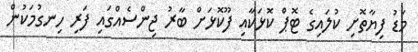
މަޑު ފިޔާތޮށި ކުލައިގެ ޓޮޕް ކޮޅަކާއި ފޫކޮޅަށް ބާރު ޖިންސެއްގައި ފަރި ހިނގުމަކުން